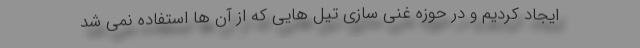
ایجاد کردیم و در حوزه غنی سازی تیل هایی که از آن ها استفاده نمی شد